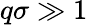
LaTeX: q\sigma\gg 1